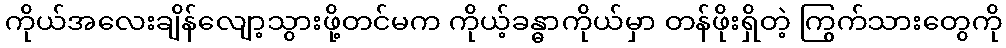
ကိုယ်အလေးချိန်လျော့သွားဖို့တင်မက ကိုယ့်ခန္ဓာကိုယ်မှာ တန်ဖိုးရှိတဲ့ ကြွက်သားတွေကို